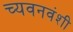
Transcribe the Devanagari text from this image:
च्यवनवंशी